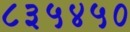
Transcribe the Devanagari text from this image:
८३५४५०